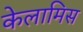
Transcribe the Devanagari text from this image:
केलामिस